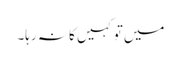
میں تو کہیں کا نہ رہا۔